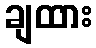
ချထား